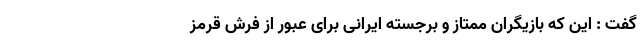
گفت : این که بازیگران ممتاز و برجسته ایرانی برای عبور از فرش قرمز